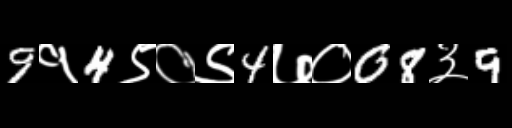
Text: 9१4९०९4७०08३9